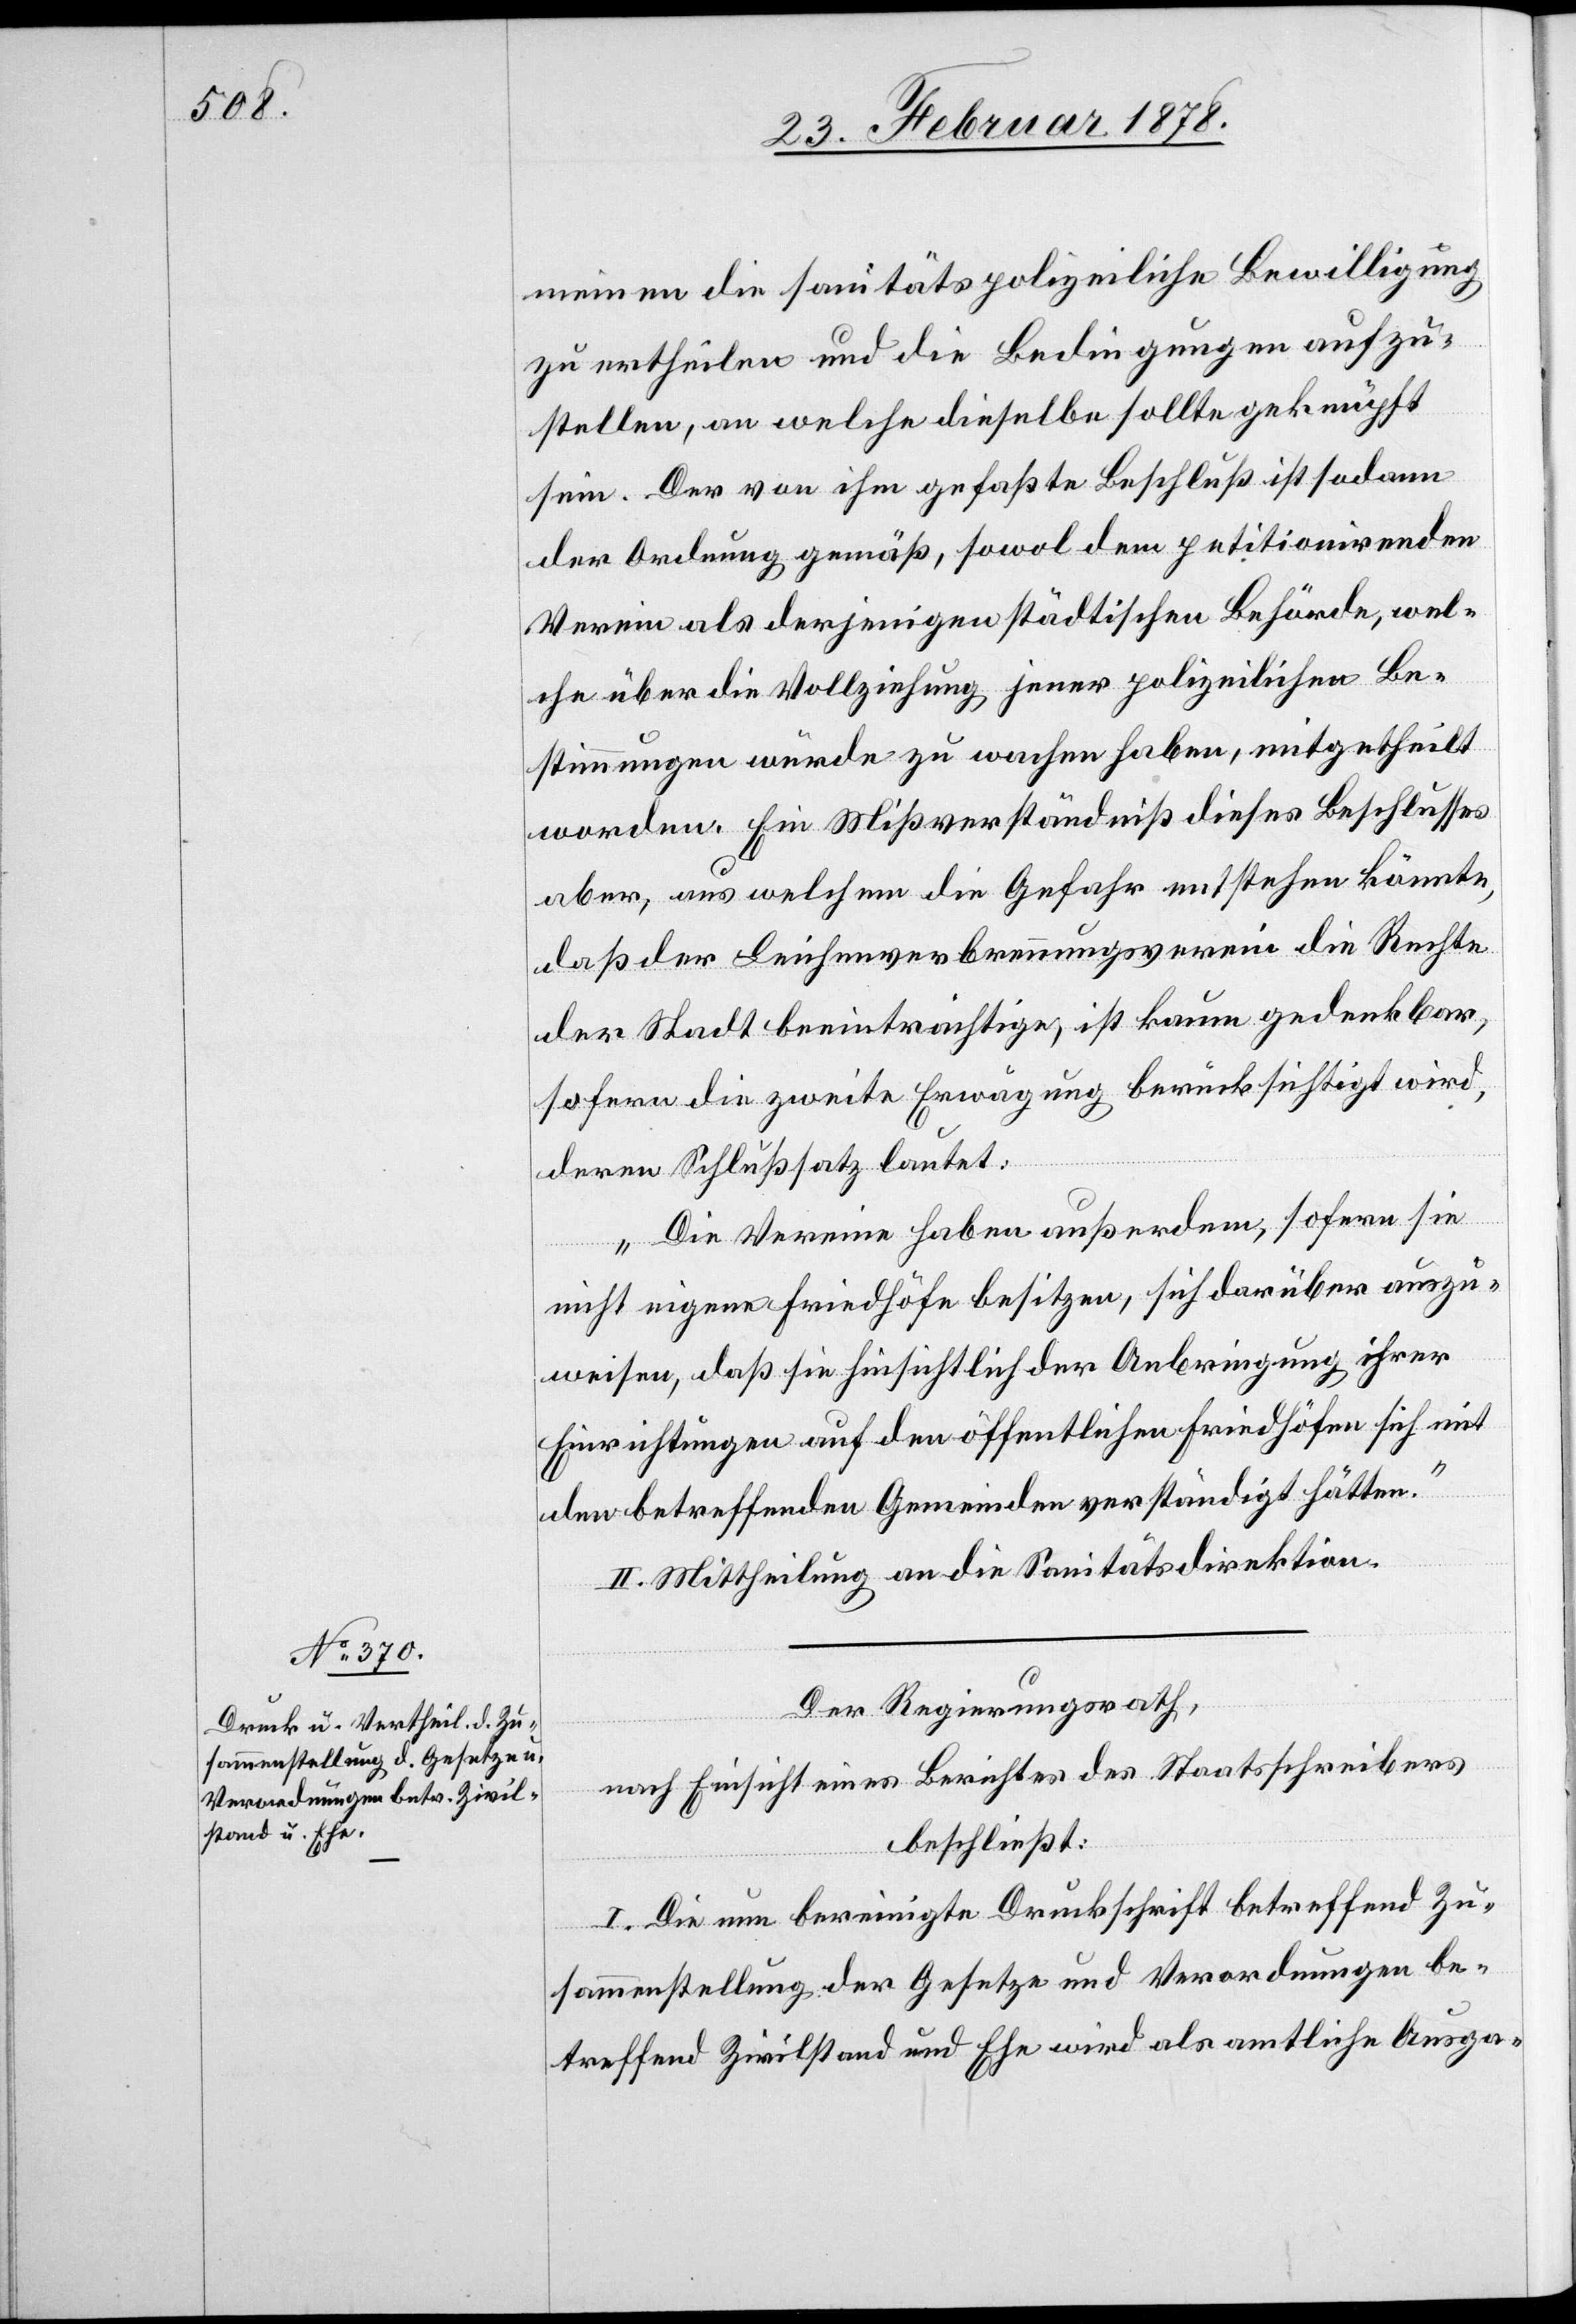
meinen die sanitätspolizeiliche Bewilligung
zu ertheilen und die Bedingungen aufzu¬
stellen, an welche dieselbe sollte geknüpft
sein. Der von ihm gefaßte Beschluß ist sodann
der Ordnung gemäß, sowol dem petitionirenden
Verein als derjenigen städtischen Behörde, wel¬
che über die Vollziehung jener polizeilichen Be¬
stimmungen würde zu wachen haben, mitgetheilt
worden. Ein Mißverständniß dieses Beschlusses
aber, aus welchem die Gefahr entstehen könnte,
daß der Leichenverbrennungsverein die Rechte
der Stadt beeinträchtige, ist kaum gedenkbar,
sofern die zweite Erwägung berücksichtigt wird,
deren Schlußsatz lautet:
„Die Vereine haben außerdem, sofern sie
nicht eigene Friedhöfe besitzen, sich darüber auszu¬
weisen, daß sie hinsichtlich der Anbringung ihrer
Einrichtungen auf den öffentlichen Friedhöfen sich mit
den betreffenden Gemeinden verständigt hätten.“
II. Mittheilung an die Sanitätsdirektion.
Der Regierungsrath,
nach Einsicht einer Zuschrift des Staatsschreibers
beschließt:
I. Die nun bereinigte Druckschrift betreffend Zu¬
sammenstellung der Gesetze und Verordnungen be¬
treffend Zivilstand und Ehe wird als amtliche Ausga-